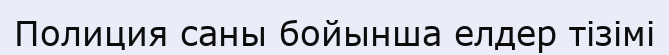
Полиция саны бойынша елдер тізімі